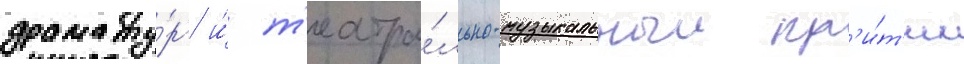
драмату́рг и́ т'еатра́льно-музыкальныи кр'и́т'ик